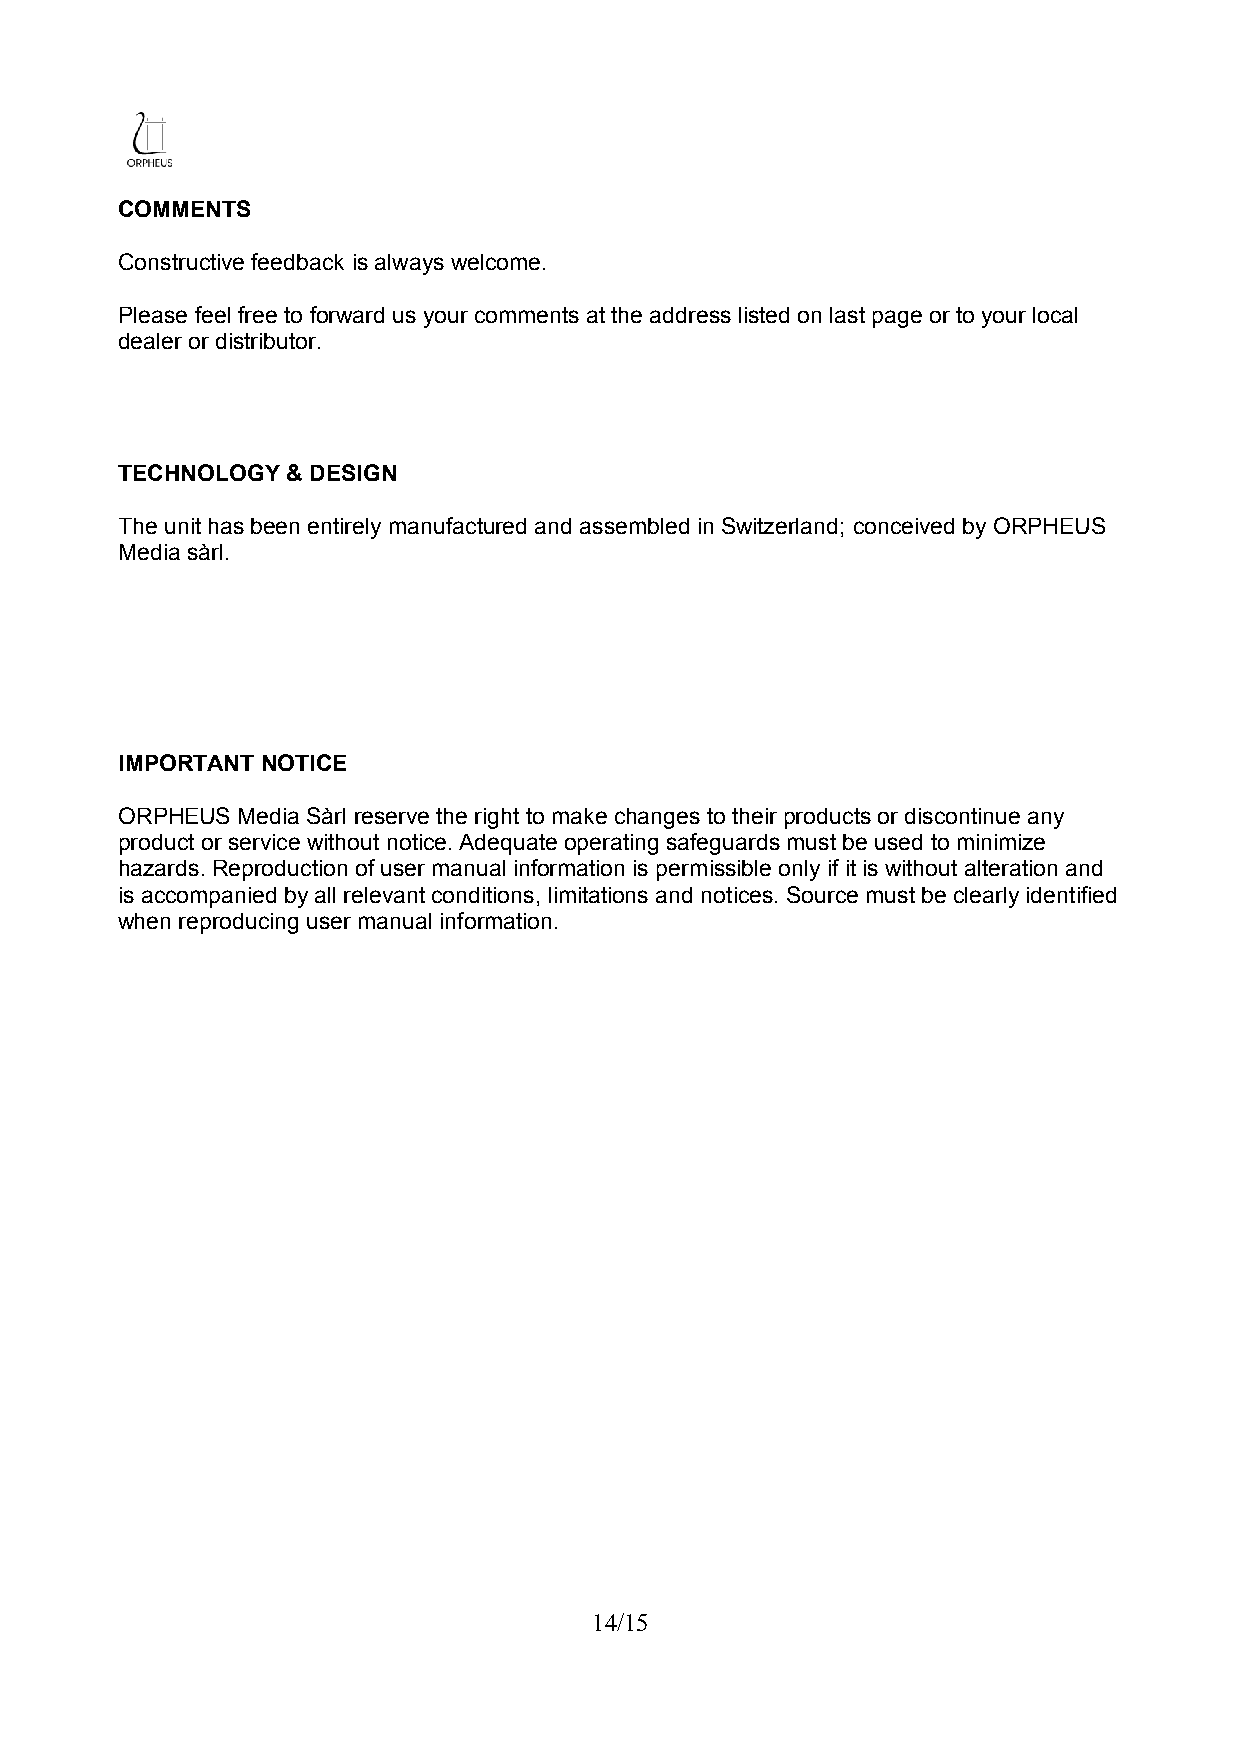
COMMENTS
 Constructive feedback is always welcome.
 Please feel free to forward us your comments at the address listed on last page or to your local
 dealer or distributor.
 TECHNOLOGY & DESIGN
 The unit has been entirely manufactured and assembled in Switzerland; conceived by ORPHEUS
 Media sàrl.
 IMPORTANT NOTICE
 ORPHEUS Media Sàrl reserve the right to make changes to their products or discontinue any
 product or service without notice. Adequate operating safeguards must be used to minimize
 hazards. Reproduction of user manual information is permissible only if it is without alteration and
 is accompanied by all relevant conditions, limitations and notices. Source must be clearly identified
 when reproducing user manual information.
 14/15